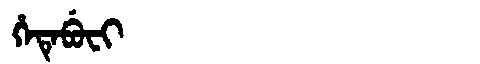
Manchu: ᡥᡝᡨᡝᠪᡠᠸᡳ
Romanization: HETEBUFI